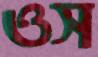
ওস